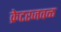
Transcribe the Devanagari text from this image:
क्रेटरजवळ